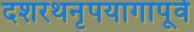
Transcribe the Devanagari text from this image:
दशरथनृपयागापूर्व